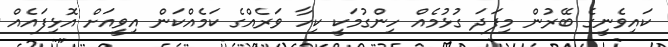
ކައިވެނީގެ ބޭރުން މިފަދަ ގުޅުމެއް ހިންގުމަކީ ކިހާ ވަރެއްގެ ކަމެއްކަން އިވީއަށް އޮޅިފައެއް